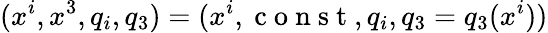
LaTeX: (x^{i},x^{3},q_{i},q_{3})=(x^{i},\mathrm{~c~o~n~s~t~},q_{i},q_{3}=q_{3}(x^{i}))